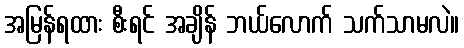
အမြန်ရထား စီးရင် အချိန် ဘယ်လောက် သက်သာမလဲ။